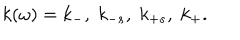
LaTeX: k ( \omega ) = k _ { - } , \; k _ { - s } , \; k _ { + s } , \; k _ { + } .